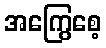
အကြွေစေ့